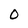
Character: 0